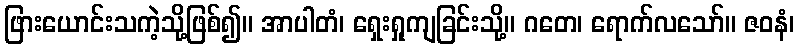
ဖြားယောင်းသကဲ့သို့ဖြစ်၍။ အာပါတံ၊ ရှေးရှုကျခြင်းသို့။ ဂတေ၊ ရောက်လသော်။ ဇဝနံ၊